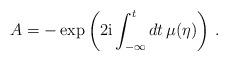
LaTeX: \begin{align*}A =-\exp \left(2{\rm i}\int_{-\infty }^t dt \,\mu (\eta)\right)\,.\end{align*}